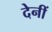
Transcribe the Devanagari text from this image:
देनीं